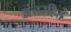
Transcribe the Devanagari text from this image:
अंतरहित